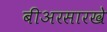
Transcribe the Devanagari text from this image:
बीअरसारखे